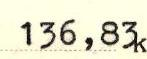
136,83